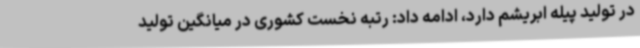
در تولید پیله ابریشم دارد، ادامه داد: رتبه نخست کشوری در میانگین تولید